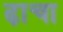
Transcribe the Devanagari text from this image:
ढा़चा